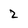
Character: 2